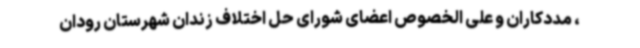
، مددکاران و علی الخصوص اعضای شورای حل اختلاف زندان شهرستان رودان